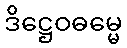
ဒိဋ္ဌေဝဓမ္မေ